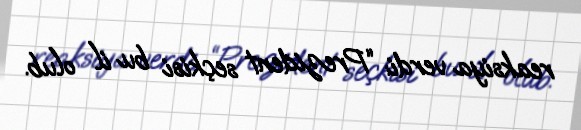
reaksiya verdi: “Prezident seçkisi bu il olub.